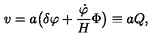
v = a \bigl ( \delta \varphi + { \frac { { \dot { \varphi } } } { H } } \Phi \bigr ) \equiv a Q ,